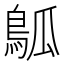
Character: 𬷊